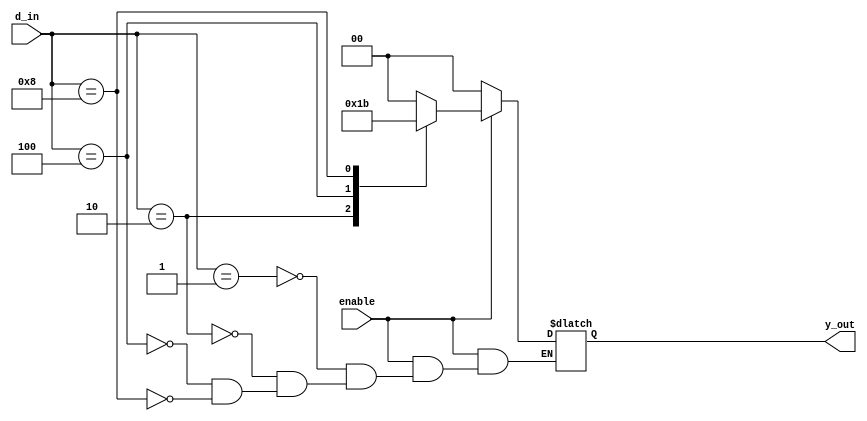
`timescale 1ns / 1ps
//////////////////////////////////////////////////////////////////////////////////
// Company: 
// Engineer: 
// 
// Design Name: 
// Module Name: encoder4to2
// Project Name: 
// Target Devices: 
// Tool Versions: 
// Description: 
// 
// Dependencies: 
// 
// Revision:
// Revision 0.01 - File Created
// Additional Comments:
// 
//////////////////////////////////////////////////////////////////////////////////


module encoder4to2(
    input enable,
    input [3:0] d_in,
    output reg [1:0] y_out
    );
    always@*
    if(enable=='b0)
        begin
        y_out='b0;
        end
    else
        begin
        case(d_in)
        4'b0001:y_out=2'b00;
        4'b0010:y_out=2'b01;
        4'b0100:y_out=2'b10;
        4'b1000:y_out=2'b11;
        endcase
        end
endmodule